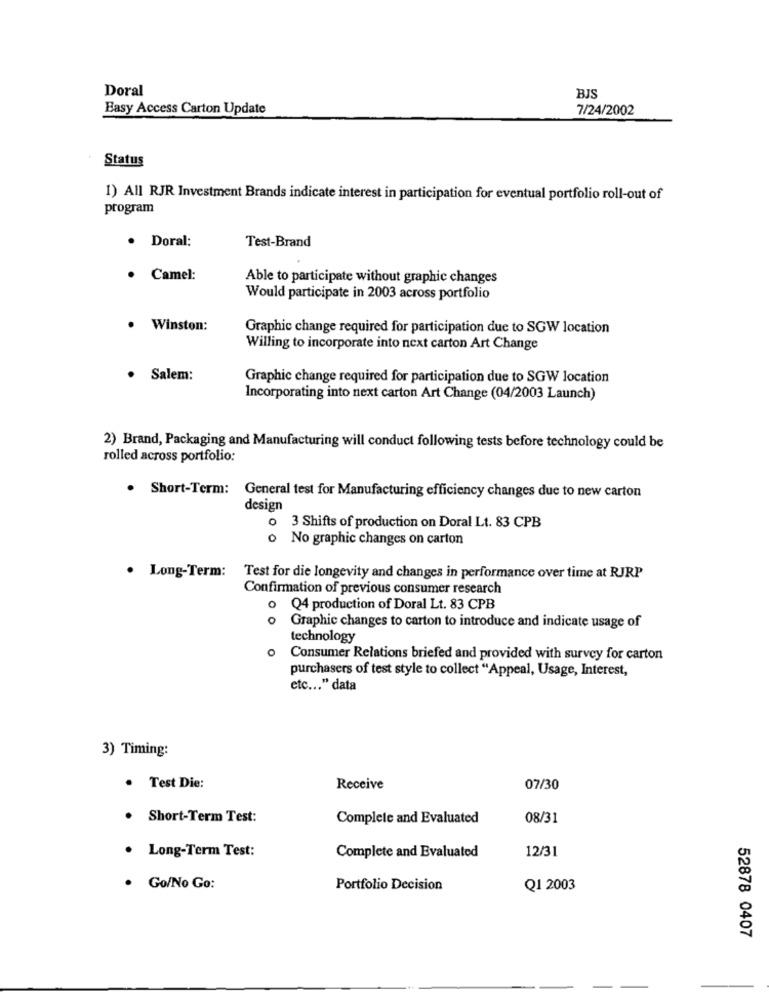
Doral
BJS
Easy Access Carton Update
7/24/2002
Status
1) All RJR Investment Brands indicate interest in participation for eventual portfolio roll-out of
program
· Doral:
Test-Brand
· Camel:
Able to participate without graphic changes
Would participate in 2003 across portfolio
Winston:
Graphic change required for participation due to SGW location
Willing to incorporate into next carton Art Change
Salem:
Graphic change required for participation due to SGW location
Incorporating into next carton Art Change (04/2003 Launch)
2) Brand, Packaging and Manufacturing will conduct following tests before technology could be
rolled across portfolio:
. Short-Term: General test for Manufacturing efficiency changes due to new carton
design
3 Shifts of production on Doral Lt. 83 CPB
o No graphic changes on carton
. Long-Term: Test for die longevity and changes in performance over time at RJRP
Confirmation of previous consumer research
O
Q4 production of Doral Lt. 83 CPB
O
Graphic changes to carton to introduce and indicate usage of
technology
o Consumer Relations briefed and provided with survey for carton
purchasers of test style to collect "Appeal, Usage, Interest,
etc ... " data
3) Timing:
· Test Die:
Receive
07/30
· Short-Term Test:
Complete and Evaluated
08/31
12/31
· Long-Term Test:
Complete and Evaluated
· Go/No Go:
Portfolio Decision
Q1 2003
52878 0407